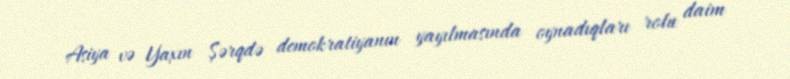
Asiya və Yaxın Şərqdə demokratiyanın yayılmasında oynadıqları rolu daim